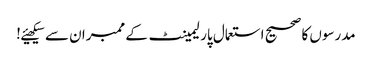
مدرسوں کا صحیح استعمال پارلیمینٹ کے ممبران سے سیکھیئے!